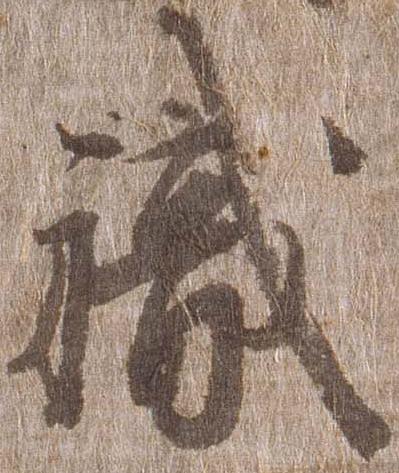
職